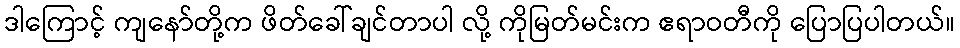
ဒါကြောင့် ကျနော်တို့က ဖိတ်ခေါ်ချင်တာပါ လို့ ကိုမြတ်မင်းက ဧရာဝတီကို ပြောပြပါတယ်။